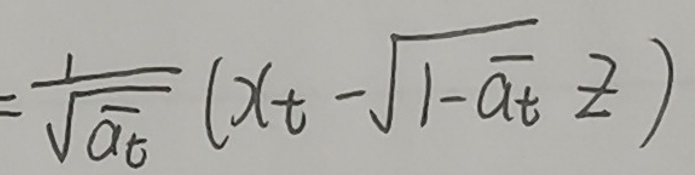
$=\frac{1}{\sqrt{a_t}}(x_t - \sqrt{1 - a_t}z)$